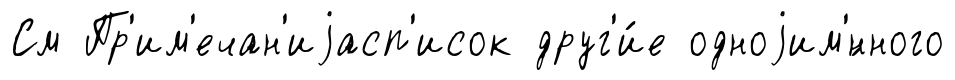
См Пр'им'ечан'иjасп'исок друг'и́е одноjим'́нного